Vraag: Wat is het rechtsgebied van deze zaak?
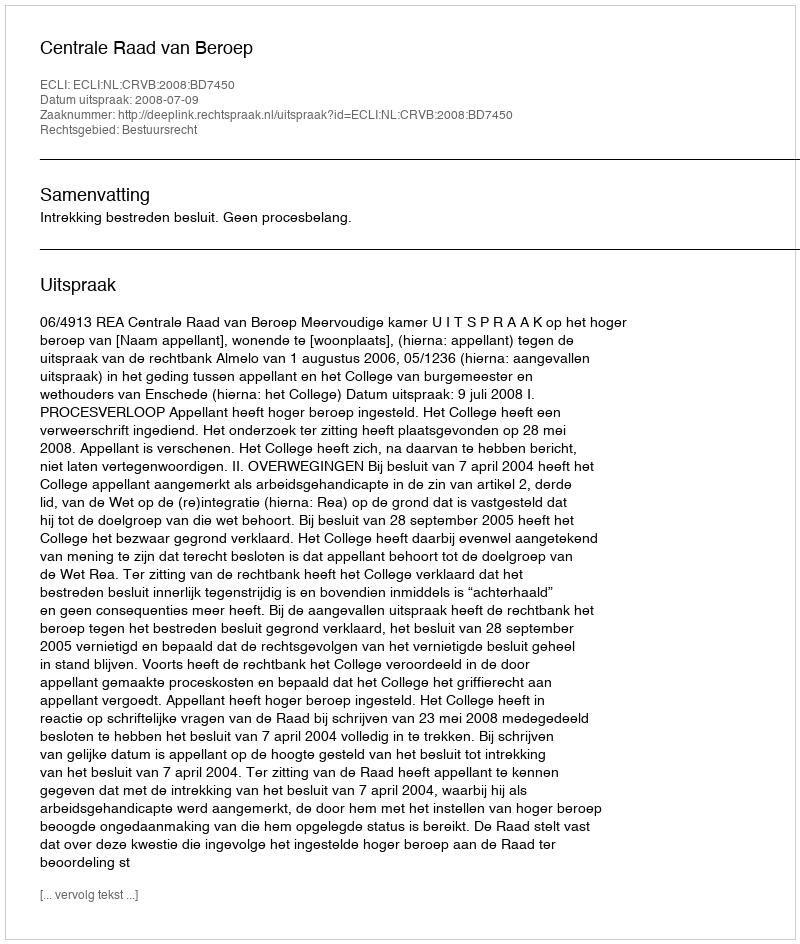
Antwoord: Bestuursrecht